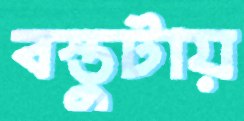
বস্তুটায়